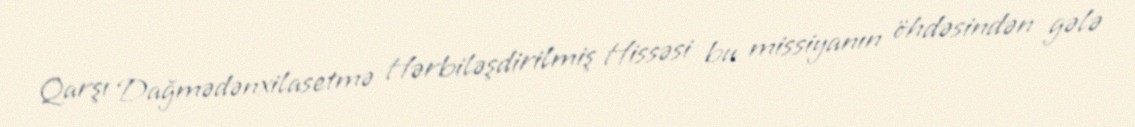
Qarşı Dağmədənxilasetmə Hərbiləşdirilmiş Hissəsi bu missiyanın öhdəsindən gələ